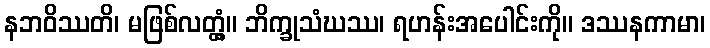
နဘဝိဿတိ၊ မဖြစ်လတ္တံ့။ ဘိက္ခုသံဃဿ၊ ရဟန်းအပေါင်းကို။ ဒဿနကာမာ၊